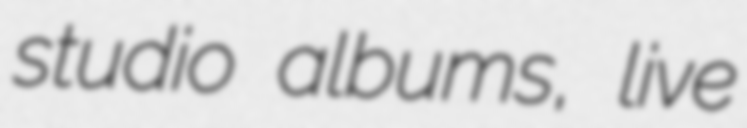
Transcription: studio albums, live